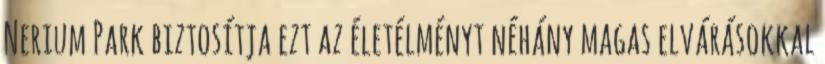
Nerium Park biztosítja ezt az életélményt néhány magas elvárásokkal